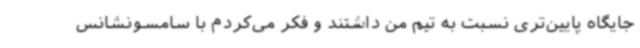
جایگاه پایین‌تری نسبت به تیم من داشتند و فکر می‌کردم با سامسونشانس